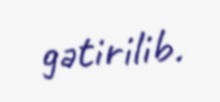
gətirilib.